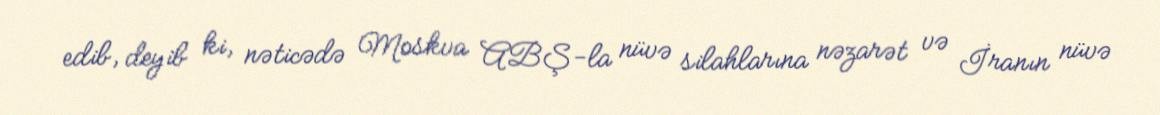
edib, deyib ki, nəticədə Moskva ABŞ-la nüvə silahlarına nəzarət və İranın nüvə